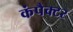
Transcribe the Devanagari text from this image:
कंपैक्टर